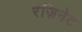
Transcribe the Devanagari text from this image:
रेज़िनेट